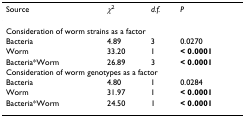
| Source | χ2 | d.f. | P |
 | --- | --- | --- | --- |
 | <COLSPAN=4> Consideration of worm strains as a factor |
 | Bacteria | 4.89 | 3 | 0.0270 |
 | Worm | 33.20 | 1 | < 0.0001 |
 | Bacteria*Worm | 26.89 | 3 | < 0.0001 |
 | <COLSPAN=4> Consideration of worm genotypes as a factor |
 | Bacteria | 4.80 | 1 | 0.0284 |
 | Worm | 31.97 | 1 | < 0.0001 |
 | Bacteria*Worm | 24.50 | 1 | < 0.0001 |